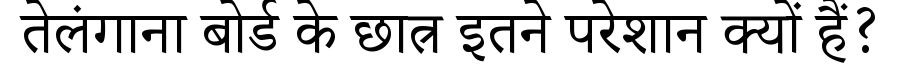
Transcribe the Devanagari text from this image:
तेलंगाना बोर्ड के छात्र इतने परेशान क्यों हैं?